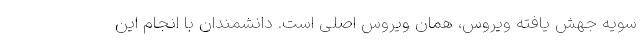
سویه جهش یافته ویروس، همان ویروس اصلی است. دانشمندان با انجام این